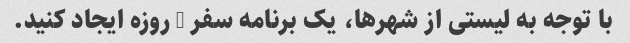
با توجه به لیستی از شهرها، یک برنامه سفر 3 روزه ایجاد کنید.